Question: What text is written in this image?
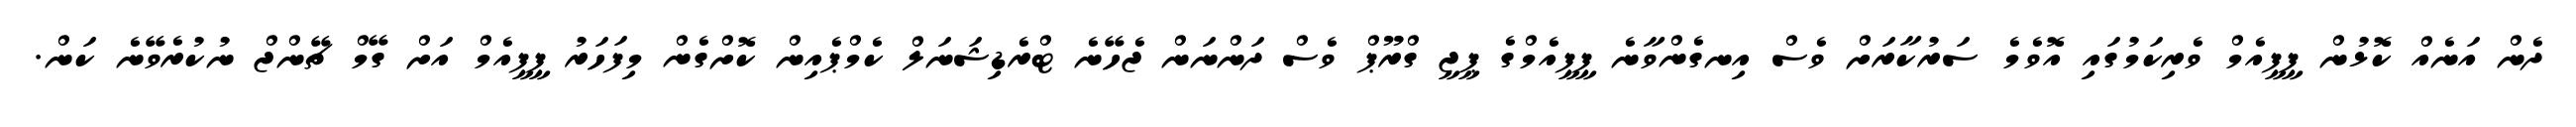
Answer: ދެން އަނެއް ކޮޅުން ޕީޕީއެމް ވެރިކަމުގައި އޮވެމެ ސަރުކާރަށް ވެސް އިނގެންވާނެ ޕީޕީއެމްގެ ޕީޖީ ގްރޫޕް ވެސް ދަންނަން ޖެހޭނެ ޓްރެޑިޝަނަލް ކެމްޕެއިން ކޮށްގެން މިފަހަރު ޕީޕީއެމް އަށް ގޭމް ޗޭންޖް ނުކުރެވޭނެ ކަން.